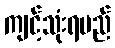
ကျင့်သုံးရမည်